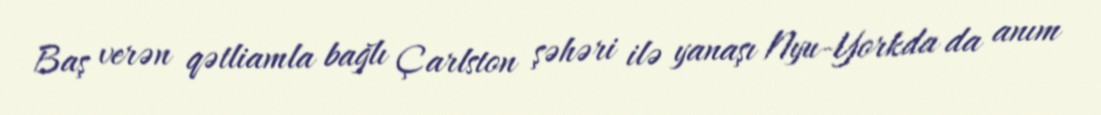
Baş verən qətliamla bağlı Çarlston şəhəri ilə yanaşı Nyu-Yorkda da anım